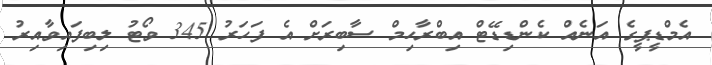
އެމްޑީޕީގެ އަނެއް ކެންޑިޑޭޓް އިބްރާހިމް ސާބިރަށް އެ ފަހަރު 345 ވޯޓު ލިބިފައިވާއިރު